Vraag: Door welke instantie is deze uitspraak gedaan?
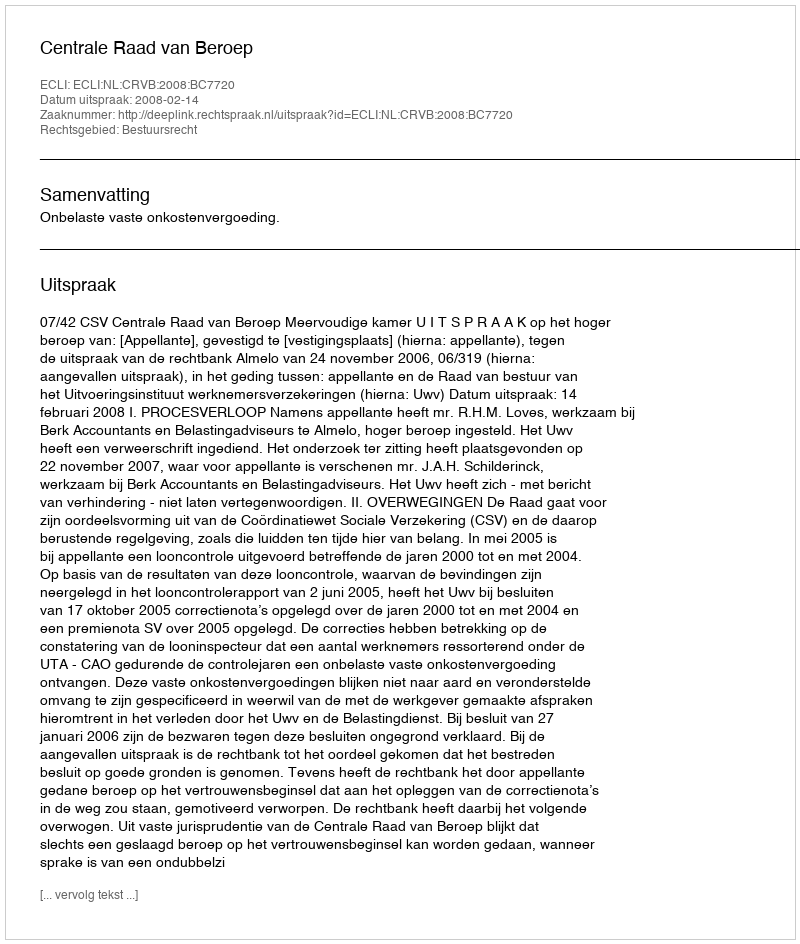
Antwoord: Centrale Raad van Beroep